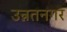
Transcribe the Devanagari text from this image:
उन्नतनगर